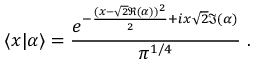
\langle x | \alpha \rangle = { \frac { e ^ { - { \frac { ( x - { \sqrt { 2 } } \Re ( \alpha ) ) ^ { 2 } } { 2 } } + i x { \sqrt { 2 } } \Im ( \alpha ) } } { \pi ^ { 1 / 4 } } } ~ .